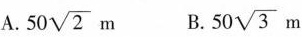
A. 50 \sqrt{2}m B. 50 \sqrt{3}m